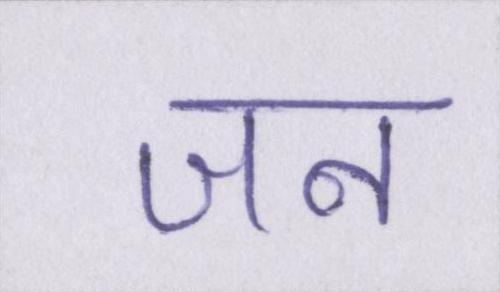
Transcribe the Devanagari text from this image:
जन